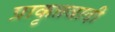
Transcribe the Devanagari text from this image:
प्राकृतवादी